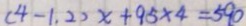
( 4 - 1 . 2 ) x + 9 5 \times 4 = 5 9 0